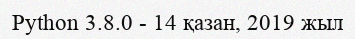
Python 3.8.0 - 14 қазан, 2019 жыл